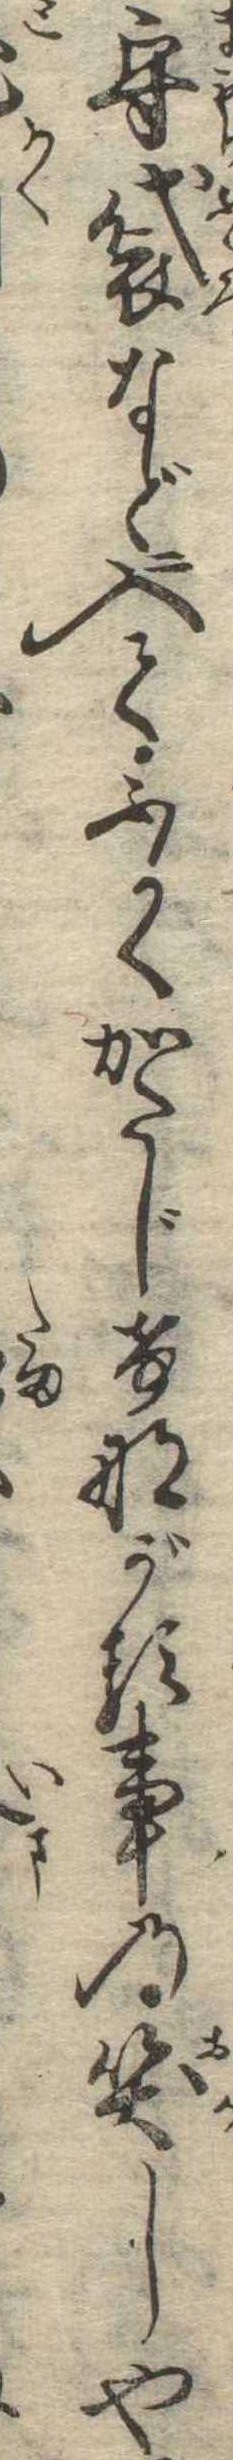
守袋などに入てふかくかたじけながる事の笑しや